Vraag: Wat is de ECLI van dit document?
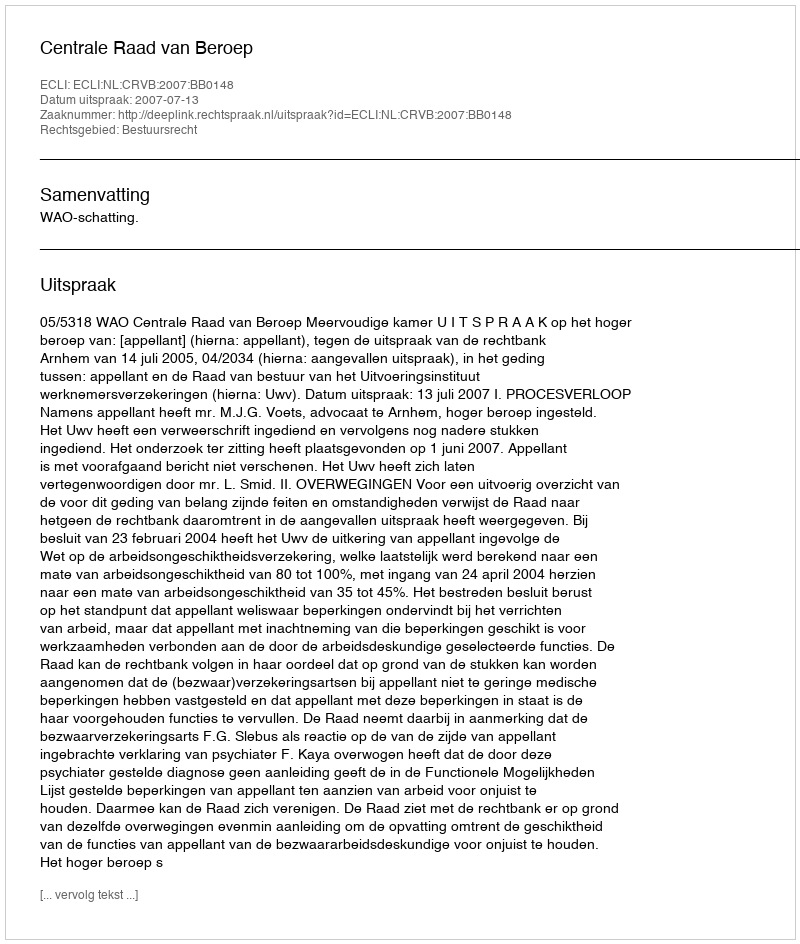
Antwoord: ECLI:NL:CRVB:2007:BB0148